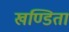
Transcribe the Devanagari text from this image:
खण्डिता